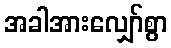
အခါအားလျှော်စွာ